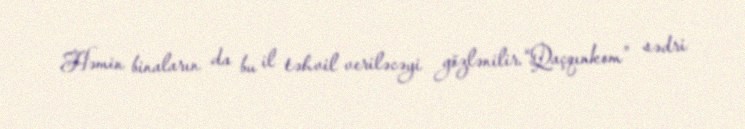
Həmin binaların da bu il təhvil veriləcəyi gözlənilir.“Qaçqınkom” sədri